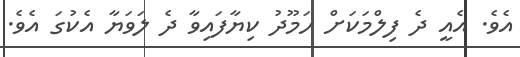
އެވެ. އެއީ ދެ ފިލްމަކަށް ހަމޫދު ކިޔާފައިވާ ދެ ލަވަޔާ އެކުގަ އެވެ.